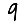
Digit: 9